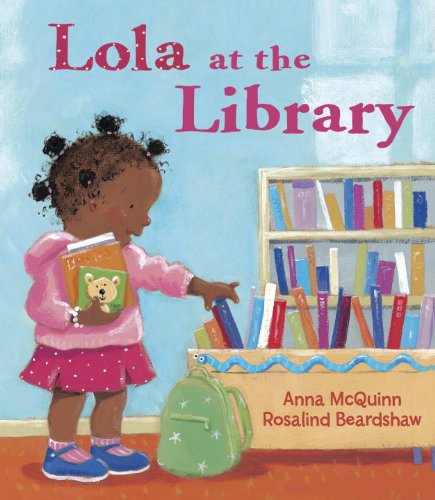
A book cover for Lola at the Library; Anna McQuinn; Children's Books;